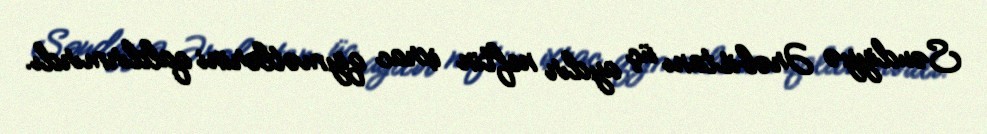
Səudiyyə Ərəbistanı üç aydır neftin ixrac qiymətlərini qaldırmırdı.